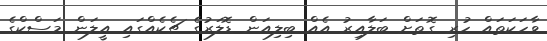
ވާހަކަތައް ހުރި ގޮތަށް ބަލާއިރު އެއް ބިލިއަން ޑޮލަރުގެ ޗެކެއްގައި އީލަން މަސްކްގެ